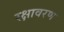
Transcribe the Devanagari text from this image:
रक्षावरण